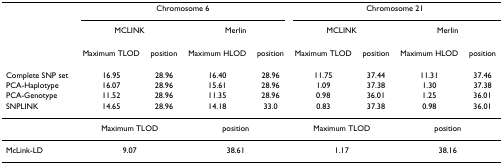
<table><thead><tr><td></td><td colspan="4"><b>Chromosome 6</b></td><td colspan="4"><b>Chromosome 21</b></td></tr><tr><td></td><td colspan="2"><b>MCLINK</b></td><td colspan="2"><b>Merlin</b></td><td colspan="2"><b>MCLINK</b></td><td colspan="2"><b>Merlin</b></td></tr><tr><td></td><td><b>Maximum TLOD</b></td><td><b>position</b></td><td><b>Maximum HLOD</b></td><td><b>position</b></td><td><b>Maximum TLOD</b></td><td><b>position</b></td><td><b>Maximum HLOD</b></td><td><b>position</b></td></tr></thead><tbody><tr><td>Complete SNP set</td><td>16.95</td><td>28.96</td><td>16.40</td><td>28.96</td><td>11.75</td><td>37.44</td><td>11.31</td><td>37.46</td></tr><tr><td>PCA-Haplotype</td><td>16.07</td><td>28.96</td><td>15.61</td><td>28.96</td><td>1.09</td><td>37.38</td><td>1.30</td><td>37.38</td></tr><tr><td>PCA-Genotype</td><td>11.52</td><td>28.96</td><td>11.35</td><td>28.96</td><td>0.98</td><td>36.01</td><td>1.25</td><td>36.01</td></tr><tr><td>SNPLINK</td><td>14.65</td><td>28.96</td><td>14.18</td><td>33.0</td><td>0.83</td><td>37.38</td><td>0.98</td><td>36.01</td></tr><tr><td></td><td colspan="2">Maximum TLOD</td><td colspan="2">position</td><td colspan="2">Maximum TLOD</td><td colspan="2">position</td></tr><tr><td>McLink-LD</td><td colspan="2">9.07</td><td colspan="2">38.61</td><td colspan="2">1.17</td><td colspan="2">38.16</td></tr></tbody></table>